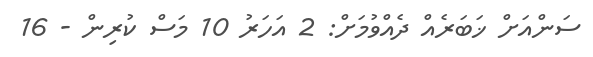
ސަންއަށް ޚަބަރެއް ދެއްވުމަށް: 2 އަހަރު 10 މަސް ކުރިން - 16